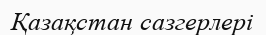
Қазақстан сазгерлері